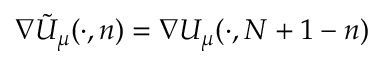
\nabla \tilde { U } _ { \mu } ( \cdot , n ) = \nabla U _ { \mu } ( \cdot , N + 1 - n )